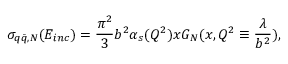
\sigma _ { q \bar { q } , N } ( E _ { i n c } ) = { \frac { \pi ^ { 2 } } { 3 } } b ^ { 2 } \alpha _ { s } ( Q ^ { 2 } ) x G _ { N } ( x , Q ^ { 2 } \equiv { \frac { \lambda } { b ^ { 2 } } } ) ,